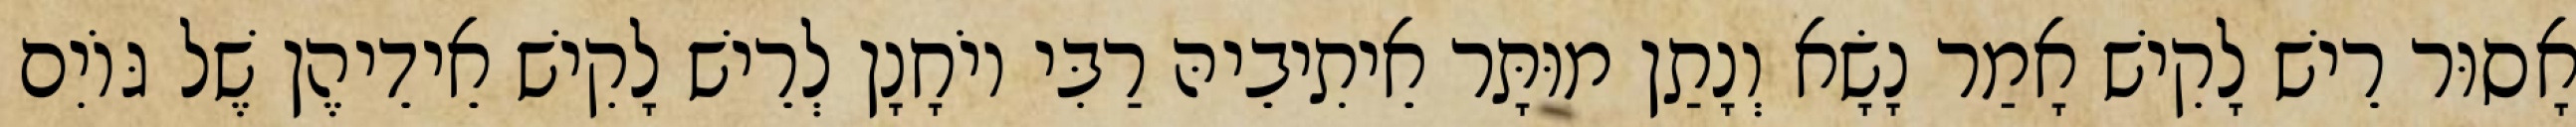
אָסוּר רֵישׁ לָקִישׁ אָמַר נָשָׂא וְנָתַן מוּתָּר אֵיתִיבֵיהּ רַבִּי יוֹחָנָן לְרֵישׁ לָקִישׁ אֵידֵיהֶן שֶׁל גּוֹיִם